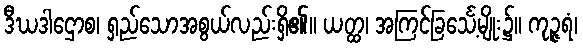
ဒီဃဒါဌောစ၊ ရှည်သောအစွယ်လည်းရှိ၏။ ယတ္ထ၊ အကြင်ခြင်္သေ့မျိုး၌။ ကုဉ္ဇရံ၊